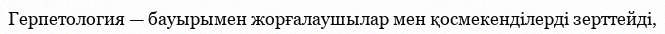
Герпетология — бауырымен жорғалаушылар мен қосмекенділерді зерттейді,